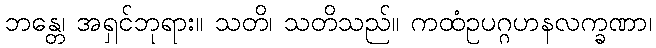
ဘန္တေ၊ အရှင်ဘုရား။ သတိ၊ သတိသည်။ ကထံဥပဂ္ဂဟနလက္ခဏာ၊